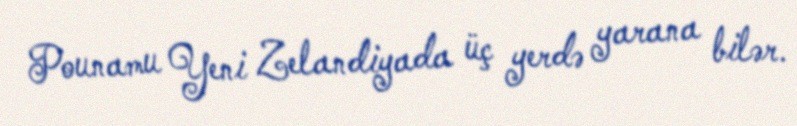
Pounamu Yeni Zelandiyada üç yerdə yarana bilər.